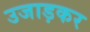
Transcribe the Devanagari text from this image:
उजाड़कर